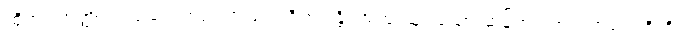
ထိုအရဟတ္တဖလသမာပတ်ဉာဏ်ဖြင့်။ ဝိဟရန္တိ၊ အထူးထူး သော ဆန့်ကျင်ဘက်တရားတို့ကို